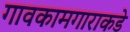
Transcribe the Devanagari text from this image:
गावकामगाराकडे